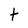
Character: t